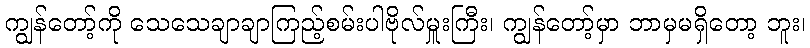
ကျွန်တော့်ကို သေသေချာချာကြည့်စမ်းပါဗိုလ်မှူးကြီး၊ ကျွန်တော့်မှာ ဘာမှမရှိတော့ ဘူး၊